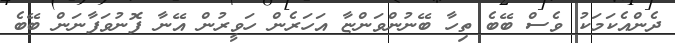
ދެންއެކަމަކު ވެސް ބޭބެ ތިހާ ބޭނުންވަންޏާ އަހަރެން ހަވީރުން އޭނާ ފޮނުވަފާނަން ބޭބެ